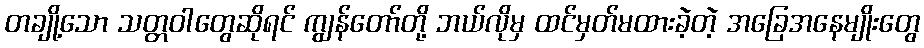
တချို့သော သတ္တဝါတွေဆိုရင် ကျွန်တော်တို့ ဘယ်လိုမှ ထင်မှတ်မထားခဲ့တဲ့ အခြေအနေမျိုးတွေ